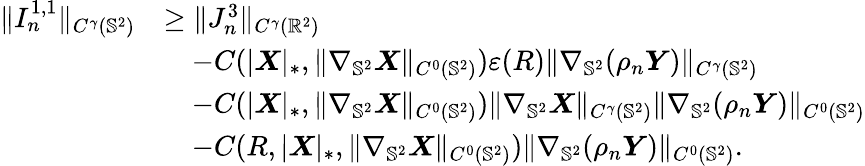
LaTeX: \begin{array}{rl}{\| I_{n}^{1,1}\| _{C^{\gamma}(\mathbb{S}^{2})}}&{\geq\| J_{n}^{3}\| _{C^{\gamma}(\mathbb{R}^{2})}}\\ &{\quad-C(|\boldsymbol{X}|_{*},\| \nabla_{\mathbb{S}^{2}}\boldsymbol{X}\| _{C^{0}(\mathbb{S}^{2})})\varepsilon(R)\| \nabla_{\mathbb{S}^{2}}(\rho_{n}\boldsymbol{Y})\| _{C^{\gamma}(\mathbb{S}^{2})}}\\ &{\quad-C(|\boldsymbol{X}|_{*},\| \nabla_{\mathbb{S}^{2}}\boldsymbol{X}\| _{C^{0}({\mathbb{S}^{2}})})\| \nabla_{\mathbb{S}^{2}}\boldsymbol{X}\| _{C^{\gamma}({\mathbb{S}^{2}})}\| \nabla_{\mathbb{S}^{2}}(\rho_{n}\boldsymbol{Y})\| _{C^{0}(\mathbb{S}^{2})}}\\ &{\quad-C(R,|\boldsymbol{X}|_{*},\| \nabla_{\mathbb{S}^{2}}\boldsymbol{X}\| _{C^{0}({\mathbb{S}^{2}})})\| \nabla_{\mathbb{S}^{2}}(\rho_{n}\boldsymbol{Y})\| _{C^{0}(\mathbb{S}^{2})}.}\end{array}